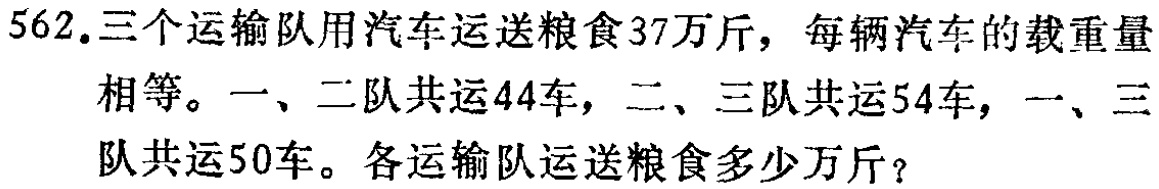
562.三个运输队用汽车运送粮食37万斤，每辆汽车的载重量相等。一、二队共运44车，二、三队共运54车，一、三队共运50车。各运输队运送粮食多少万斤？